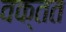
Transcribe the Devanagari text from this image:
वक्तत